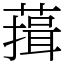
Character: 䔱